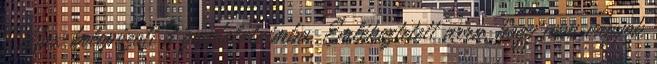
Max belopózott a gondolataimba. Emlékeztetett arra, hogy nem vagyok